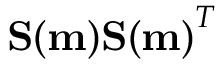
\mathbf { S ( m ) S ( m ) } ^ { T }